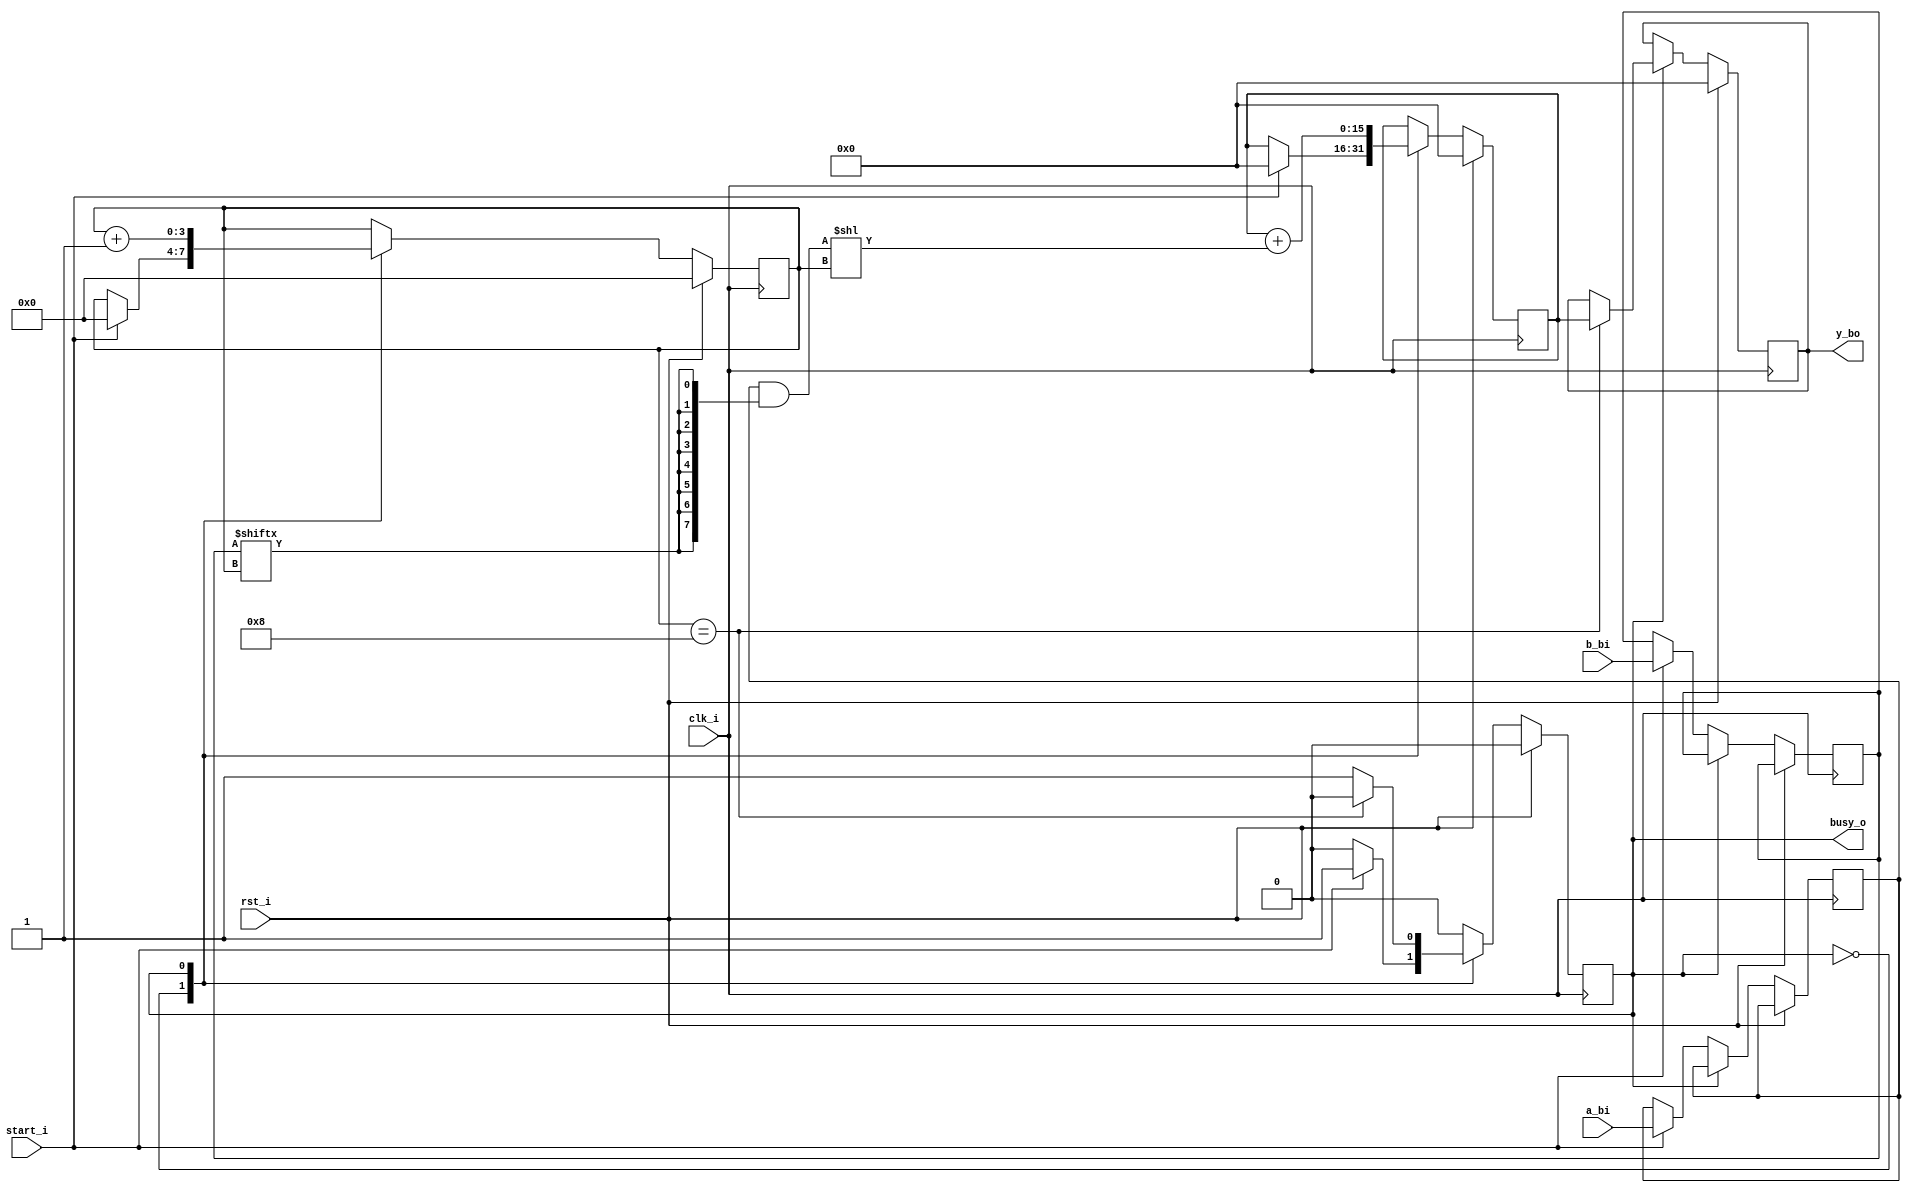
`timescale 1ns / 1ps
module mult(
    input clk_i,
    input rst_i,
    
    input [7:0] a_bi,
    input [7:0] b_bi,
    input start_i,
    
    output busy_o,
    output reg [15:0] y_bo
);

    localparam IDLE = 1'b0;
    localparam WORK = 1'b1;
    
    reg   [3:0] ctr;
    wire  [2:0] end_step;
    wire  [7:0] part_sum;
    wire [15:0] shifted_part_sum;
    reg   [7:0] a, b;
    reg  [15:0] part_res;
    reg         state;
    
    assign part_sum = a & {8{b[ctr]}};
    assign shifted_part_sum = part_sum << ctr;
    assign end_step = (ctr == 4'h8);
    assign busy_o = state;
    
    always @(posedge clk_i)
        if (rst_i) begin
            ctr      <= 0;
            part_res <= 0;
            y_bo     <= 0;
            
            state    <= IDLE;
        end else begin
            case (state)
                IDLE:
                    if (start_i) begin
                        state  <= WORK;
                        
                        a        <= a_bi;
                        b        <= b_bi;
                        ctr      <= 0;
                        part_res <= 0;
                    end
                WORK:
                    begin
                        if (end_step) begin
                            state <= IDLE;
                            y_bo  <= part_res;
                        end
                        
                        part_res <= part_res + shifted_part_sum;
                        ctr <= ctr + 1;
                    end
            endcase
        end
           
endmodule